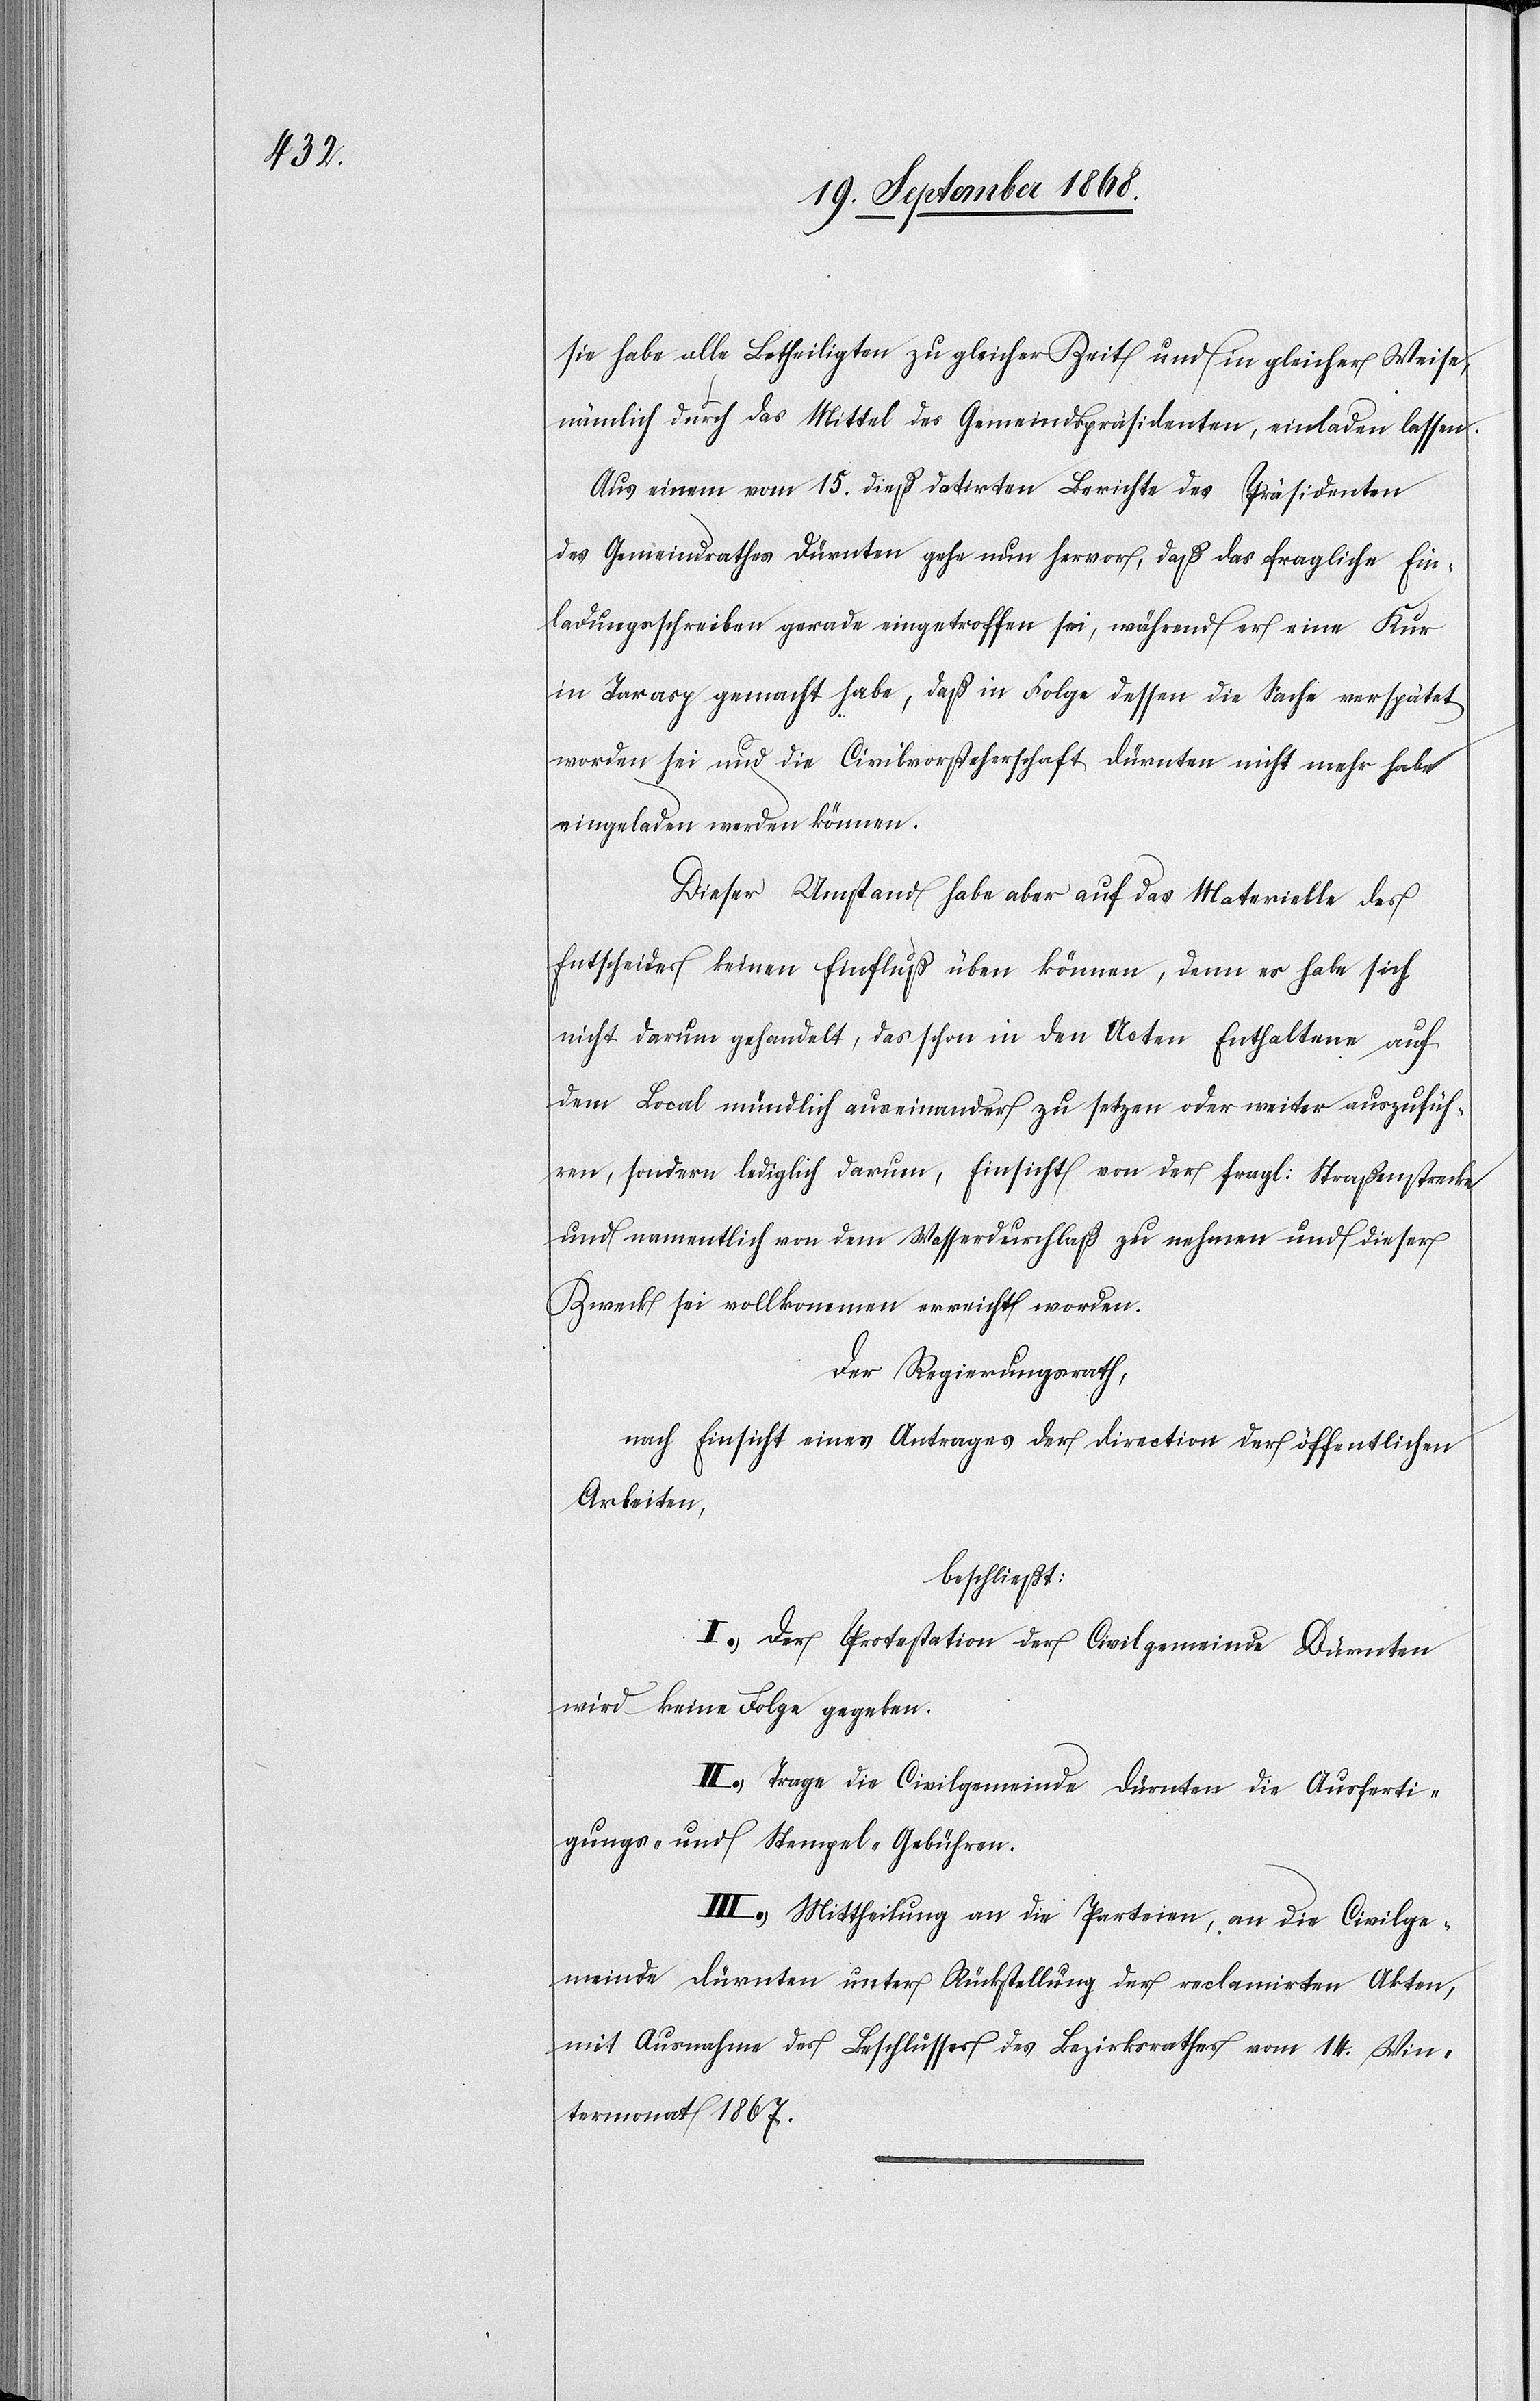
sie habe alle Betheiligten zu gleicher Zeit und in gleicher Weise,
nämlich durch das Mittel des Gemeindspräsidenten, einladen lassen.
Aus einem vom 15. dieß datirten Berichte des Präsidenten
des Gemeindrathes Dürnten gehe nun hervor, daß das fragliche Ein¬
ladungsschreiben gerade eingetroffen sei, während er eine Kur
in Tarasp gemacht habe, daß in Folge dessen die Sache verspätet
worden sei und die Civilvorsteherschaft Dürnten nicht mehr habe
eingeladen werden können.
Dieser Umstand habe aber auf das Materielle des
Entscheides keinen Einfluß üben können, denn es habe sich
nicht darum gehandelt, das schon in den Acten Enthaltene auf
dem Local mündlich auseinander zu setzen oder weiter auszufüh¬
ren, sondern lediglich darum, Einsicht von der fragl: Straßenstrecke
und namentlich von dem Wasserdurchlaß zu nehmen und dieser
Zweck sei vollkommen erreicht worden.
Der Regierungsrath,
nach Einsicht eines Antrages der Direction der öffentlichen
Arbeiten,
beschließt:
I.) Der Protestation der Civilgemeinde Dürnten
wird keine Folge gegeben.
II.) Trage die Civilgemeinde Dürnten die Ausferti¬
gungs- und Stempel-Gebühren.
III.) Mittheilung an die Parteien, an die Civilge¬
meinde Dürnten unter Rückstellung der reclamirten Akten,
mit Ausnahme des Beschlusses des Bezirksrathes vom 14. Win¬
termonat 1867.